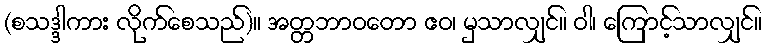
(စသဒ္ဒါကား လိုက်စေသည်)။ အတ္တဘာဝတော ဧဝ၊ မှသာလျှင်။ ဝါ၊ ကြောင့်သာလျှင်။